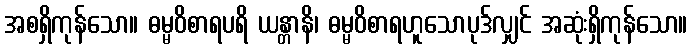
အစရှိကုန်သော။ ဓမ္မဝိစာရပရိ ယန္တာနိ၊ ဓမ္မဝိစာရဟူသောပုဒ်လျှင် အဆုံးရှိကုန်သော။